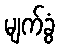
မျက်ခွံ